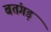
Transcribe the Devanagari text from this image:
बतंगड़